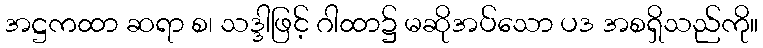
အဋ္ဌကထာ ဆရာ စ၊ သဒ္ဒါဖြင့် ဂါထာ၌ မဆိုအပ်သော ပဒ အစရှိသည်ကို။